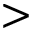
>